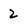
Character: 2